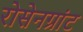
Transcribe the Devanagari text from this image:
रोसेनग्रांट